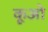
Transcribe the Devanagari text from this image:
कूओ